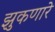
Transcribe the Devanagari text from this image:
झुकणारे